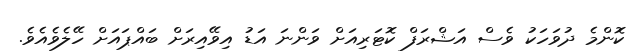
ކޮންމެ ދުވަހަކު ވެސް އަޝްރަފް ކޮޓަރިއަށް ވަންނަ އަޑު އިވޭއިރަށް ބައްޕައަށް ހޭލެވެއެވެ.